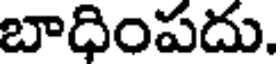
బాధింపదు.